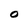
Character: O